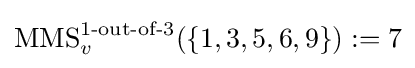
\operatorname {MMS} _{v}^{1{\text{-out-of-}}3}(\{1,3,5,6,9\}):=7